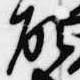
故